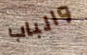
والباب